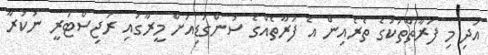
އަދި މި ފަރާތްތަކުގެ ތެރެއިން އެ ފަރާތެއްގެ ސުންގަޑިއަށް މީރާގައި ރަޖިސްޓަރީ ނުކުރާ